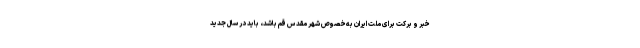
خبر و برکت برای ملت ایران به‌خصوص شهر مقدس قم باشد، باید در سال جدید